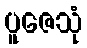
ပူဇေသုံ